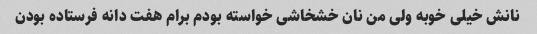
نانش خیلی خوبه ولی من نان خشخاشی خواسته بودم برام هفت دانه فرستاده بودن